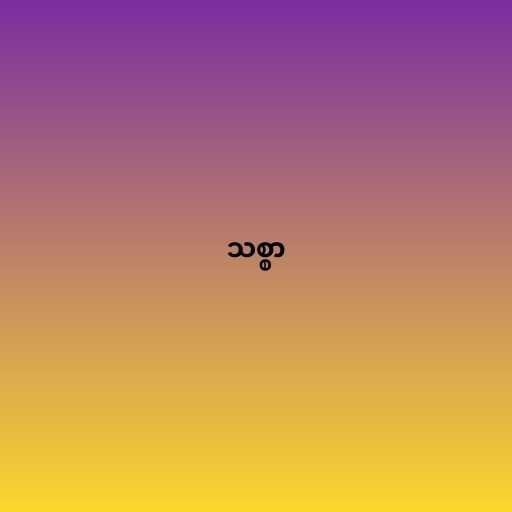
သစ္စာ